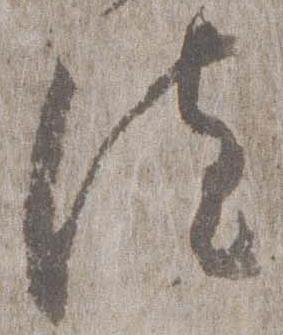
法